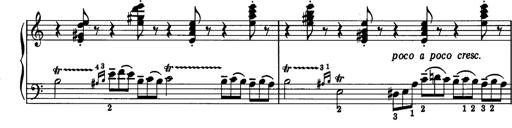
Title: La romanesca
Composer: Franz Liszt